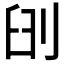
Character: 𠜃